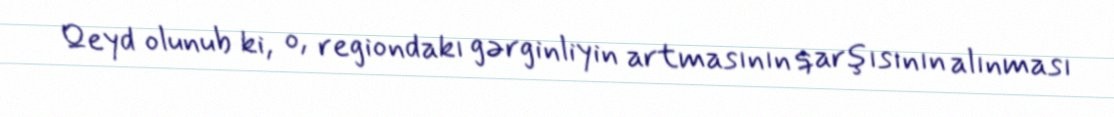
Qeyd olunub ki, o, regiondakı gərginliyin artmasının qarşısının alınması